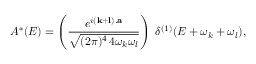
{ \cal A } ^ { * } ( { \cal E } ) = \left( \frac { e ^ { i ( { \bf k } + { \bf l } ) . { \bf a } } } { \sqrt { ( 2 \pi ) ^ { 4 } \, 4 \omega _ { k } \omega _ { l } } } \right) \; \delta ^ { ( 1 ) } ( { \cal E } + \omega _ { k } + \omega _ { l } ) ,